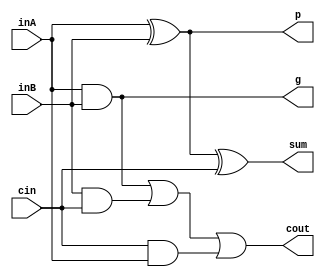
`timescale 1ns / 1ps
//////////////////////////////////////////////////////////////////////////////////
// Company: 
// Engineer: 
// 
// Design Name: 
// Module Name:    full_adder 
// Project Name: 
// Target Devices: 
// Tool versions: 
// Description: 
//
// Dependencies: 
//
// Revision: 
// Revision 0.01 - File Created
// Additional Comments: 
//
//////////////////////////////////////////////////////////////////////////////////
module full_adder(inA, inB, cin, sum, cout, p, g
    );
	
	// Assigning ports as in/out
	input inA, inB, cin;
	output sum, cout, p, g;

	// Logic for p (propagate carry)
	// p = a^b
	xor propagator(p, inA, inB);
	
	// Logic for g (generate carry)
	// g = ab
	and generator(g, inA, inB);
	// Logic for sum
	// sum = a^b^c = p^c
	xor g1(sum, p, cin);
	
	// Logic for carry-out
	// cout = ab + bc + ca
	wire w1, w2, w3;
	and g2(w1, inA, inB);
	and g3(w2, inB, cin);
	and g4(w3, cin, inA);
	or g5(cout, w1, w2, w3);
	
	// 
	
endmodule